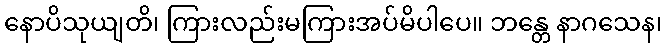
နောပိသုယျတိ၊ ကြားလည်းမကြားအပ်မိပါပေ။ ဘန္တေ နာဂသေန၊